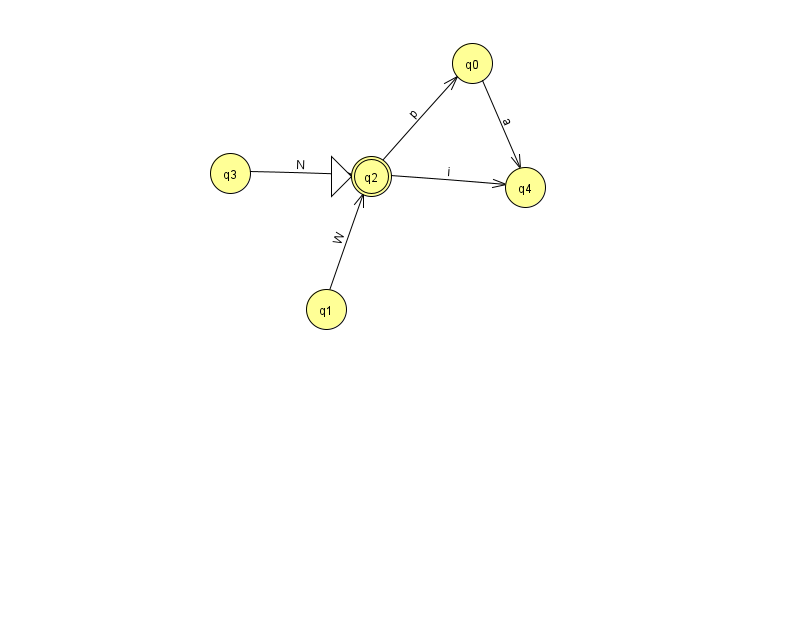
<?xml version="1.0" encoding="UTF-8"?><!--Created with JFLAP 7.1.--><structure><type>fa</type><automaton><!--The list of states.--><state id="0" name="q0"><x>472.0</x><y>50.0</y></state><state id="1" name="q1"><x>326.0</x><y>296.0</y></state><state id="2" name="q2"><x>371.0</x><y>163.0</y><initial/><final/></state><state id="3" name="q3"><x>230.0</x><y>160.0</y></state><state id="4" name="q4"><x>525.0</x><y>174.0</y></state><!--The list of transitions.--><transition><from>2</from><to>0</to><read>p</read></transition><transition><from>0</from><to>4</to><read>a</read></transition><transition><from>3</from><to>2</to><read>N</read></transition><transition><from>2</from><to>4</to><read>i</read></transition><transition><from>1</from><to>2</to><read>W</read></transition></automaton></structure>